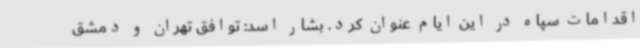
اقدامات سپاه در این ایام عنوان کرد. بشار اسد: توافق تهران و دمشق